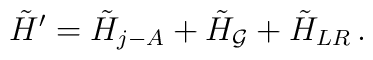
\tilde{H}^{\prime}=\tilde{H}_{j-A}+\tilde{H}_{\cal G}+\tilde{H}_{LR}\,.